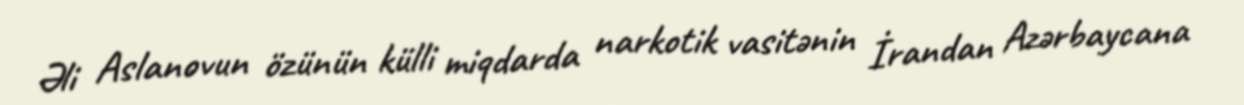
Əli Aslanovun özünün külli miqdarda narkotik vasitənin İrandan Azərbaycana